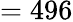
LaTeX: =496